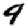
Digit: 9